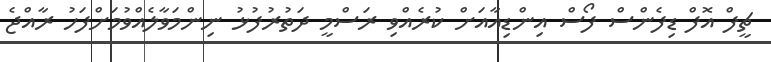
ޗީފް އޮފް ޑިފެންސް ފޯސް އިންޑިއާއަށް ކުރެއްވި ރަސްމީ ދަތުރުފުޅު ނިންމަވާލެއްވުމަށްފަހު ރާއްޖެ